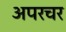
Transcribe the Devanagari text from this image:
अपरचर